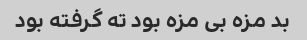
بد مزه بی مزه بود ته گرفته بود